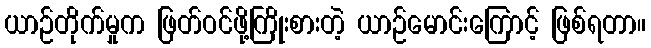
ယာဉ်တိုက်မှုက ဖြတ်ဝင်ဖို့ကြိုးစားတဲ့ ယာဉ်မောင်းကြောင့် ဖြစ်ရတာ။